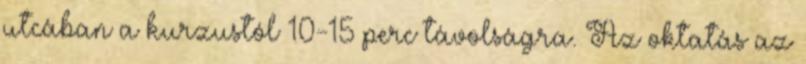
utcában a kurzustól 10-15 perc távolságra. Az oktatás az